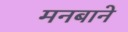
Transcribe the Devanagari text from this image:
मनबाने